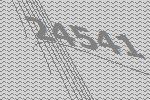
24541